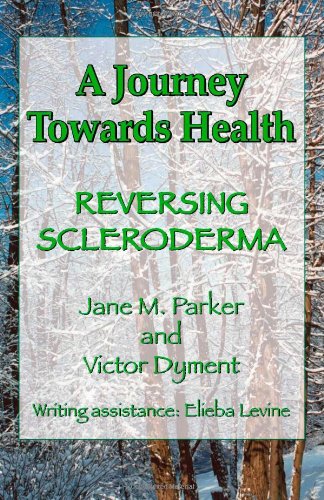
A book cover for A Journey Towards Health ... Reversing Scleroderma; Jane M. Parker; Health, Fitness & Dieting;